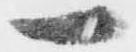
一